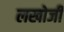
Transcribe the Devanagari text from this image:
लखोजी